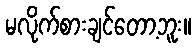
မလိုက်စားချင်တော့ဘူး။